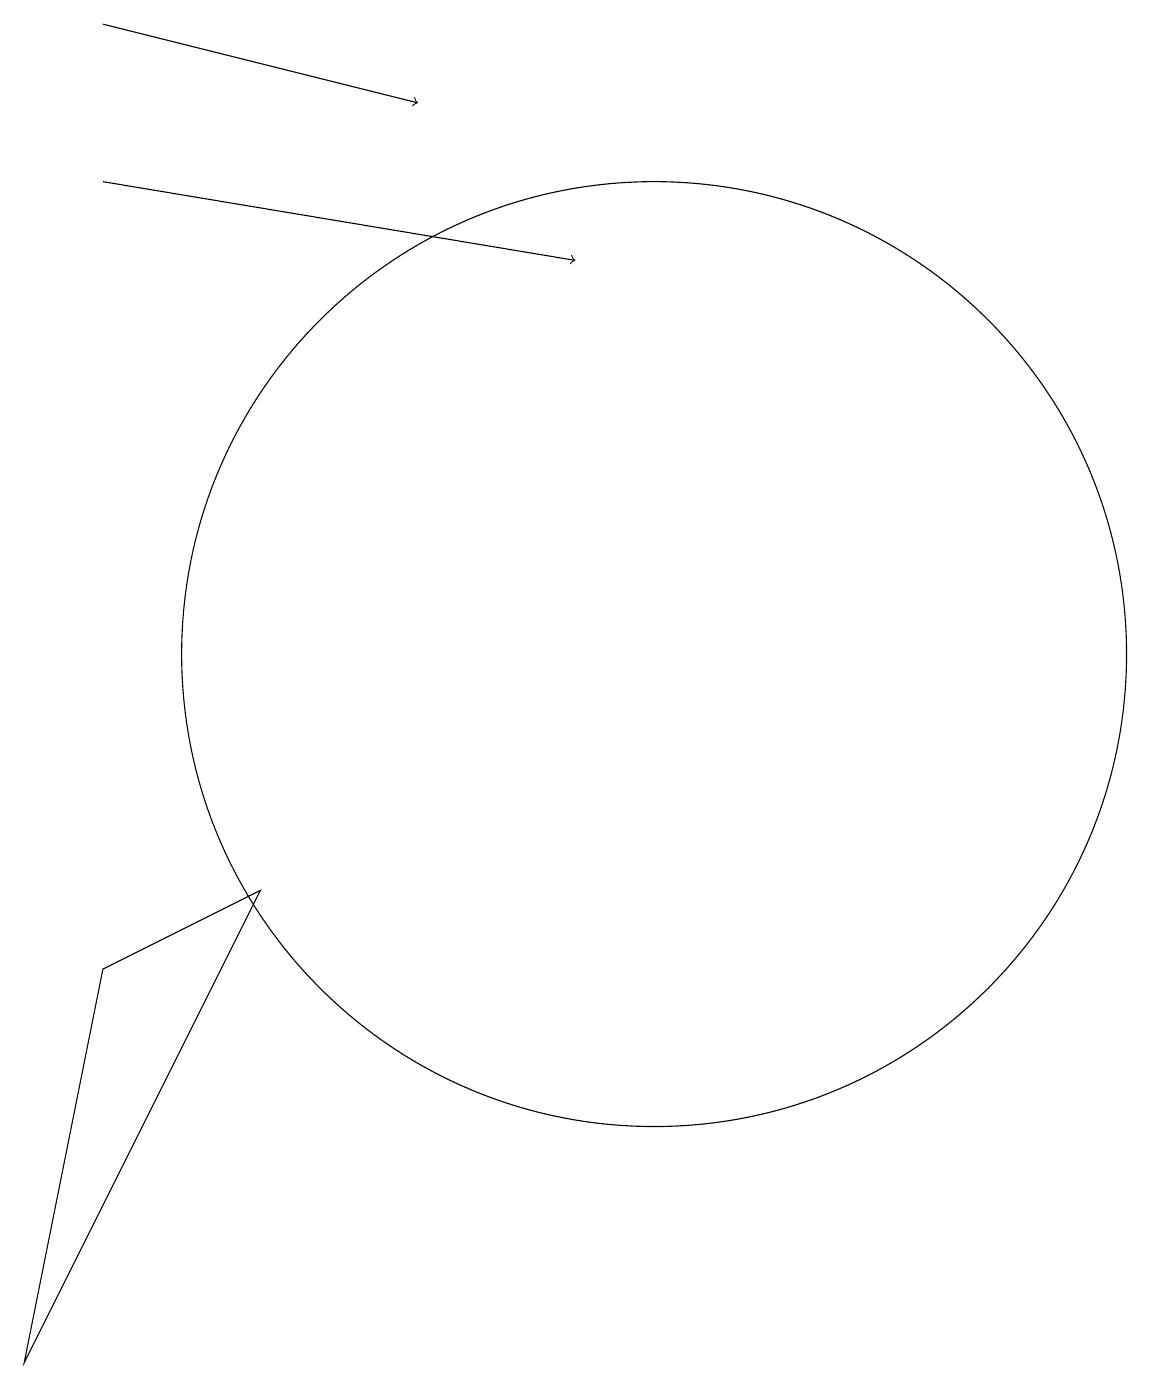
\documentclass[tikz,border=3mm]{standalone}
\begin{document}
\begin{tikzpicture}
\draw (5,8) -- (2,2) -- (3,7) -- cycle;
\draw[->] (3,17) -- (9,16);
\draw (11,10) circle (0);
\draw[->] (3,19) -- (7,18);
\draw (10,11) circle (6);
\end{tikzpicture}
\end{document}